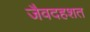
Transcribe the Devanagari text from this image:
जैवदहशत